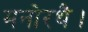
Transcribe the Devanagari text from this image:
मनोरथै।